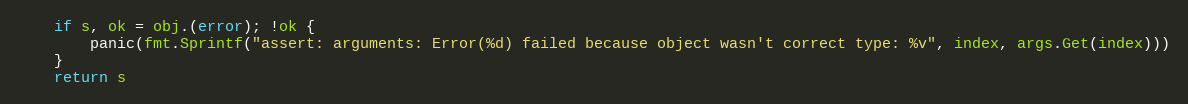
Language: Go
	if s, ok = obj.(error); !ok {
		panic(fmt.Sprintf("assert: arguments: Error(%d) failed because object wasn't correct type: %v", index, args.Get(index)))
	}
	return s